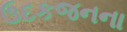
ઉદકજનના